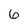
Character: 6